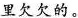
里欠欠的。